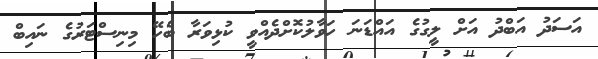
އަސަދު އަބްދު އަށް ލީގުގެ އައްޑަނަ ހަވާލުކޮށްދެއްވީ ކުޅިވަރާ ބެހޭ މިނިސްޓަރުގެ ނައިބް